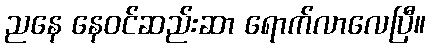
ညနေ နေဝင်ဆည်းဆာ ရောက်လာလေပြီ။